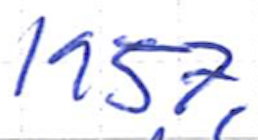
Text: 1957,
Cross-out: clean
Writing tool: ballpoint